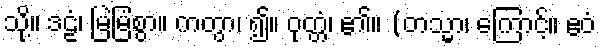
သို့။ ဒဠံ၊ မြဲမြံစွာ။ ကတွာ၊ ၍။ ဝုတ္တံ၊ ၏။ (တသ္မာ၊ ကြောင့်။ ဧဝံ